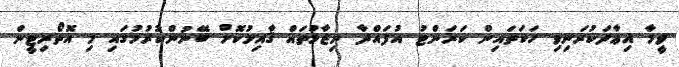
ވީމާ އިޢާދަކުރަނިވި ހަކަތައިން ކަރަންޓު އުފައްދާ ނިޒާމުތައް ޤާއިމުކޮށް ބޭނުންކުރުމުގައި މި އޮތޯރިޓީން